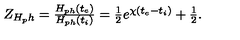
\begin{array} { l } { Z _ { H _ { p } h } = \frac { H _ { p h } ( t _ { e } ) } { H _ { p h } ( t _ { i } ) } = \frac { 1 } { 2 } e ^ { \chi ( t _ { e } - t _ { i } ) } + \frac { 1 } { 2 } . } \\ \end{array}